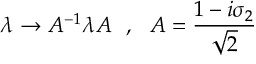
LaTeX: \lambda \rightarrow A ^ { - 1 } \lambda A ~ ~ , ~ ~ A = \frac { 1 - i \sigma _ { 2 } } { \sqrt { 2 } }